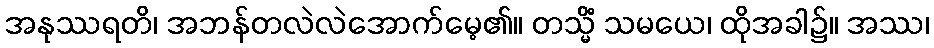
အနုဿရတိ၊ အဘန်တလဲလဲအောက်မေ့၏။ တသ္မိံ သမယေ၊ ထိုအခါ၌။ အဿ၊